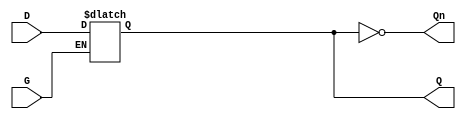
module async_gated_latch (
    input wire D,      // Data input
    input wire G,      // Gate control signal
    output reg Q,      // Output
    output wire Qn     // Complementary output
);

    // Assign the complementary output
    assign Qn = ~Q;

    // Always block to implement the asynchronous gated latch behavior
    always @(*) begin
        if (G) begin
            Q = D; // When G is high, Q follows D
        end
        // When G is low, Q retains its previous state (no action needed)
    end

endmodule